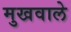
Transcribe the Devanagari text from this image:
मुखवाले